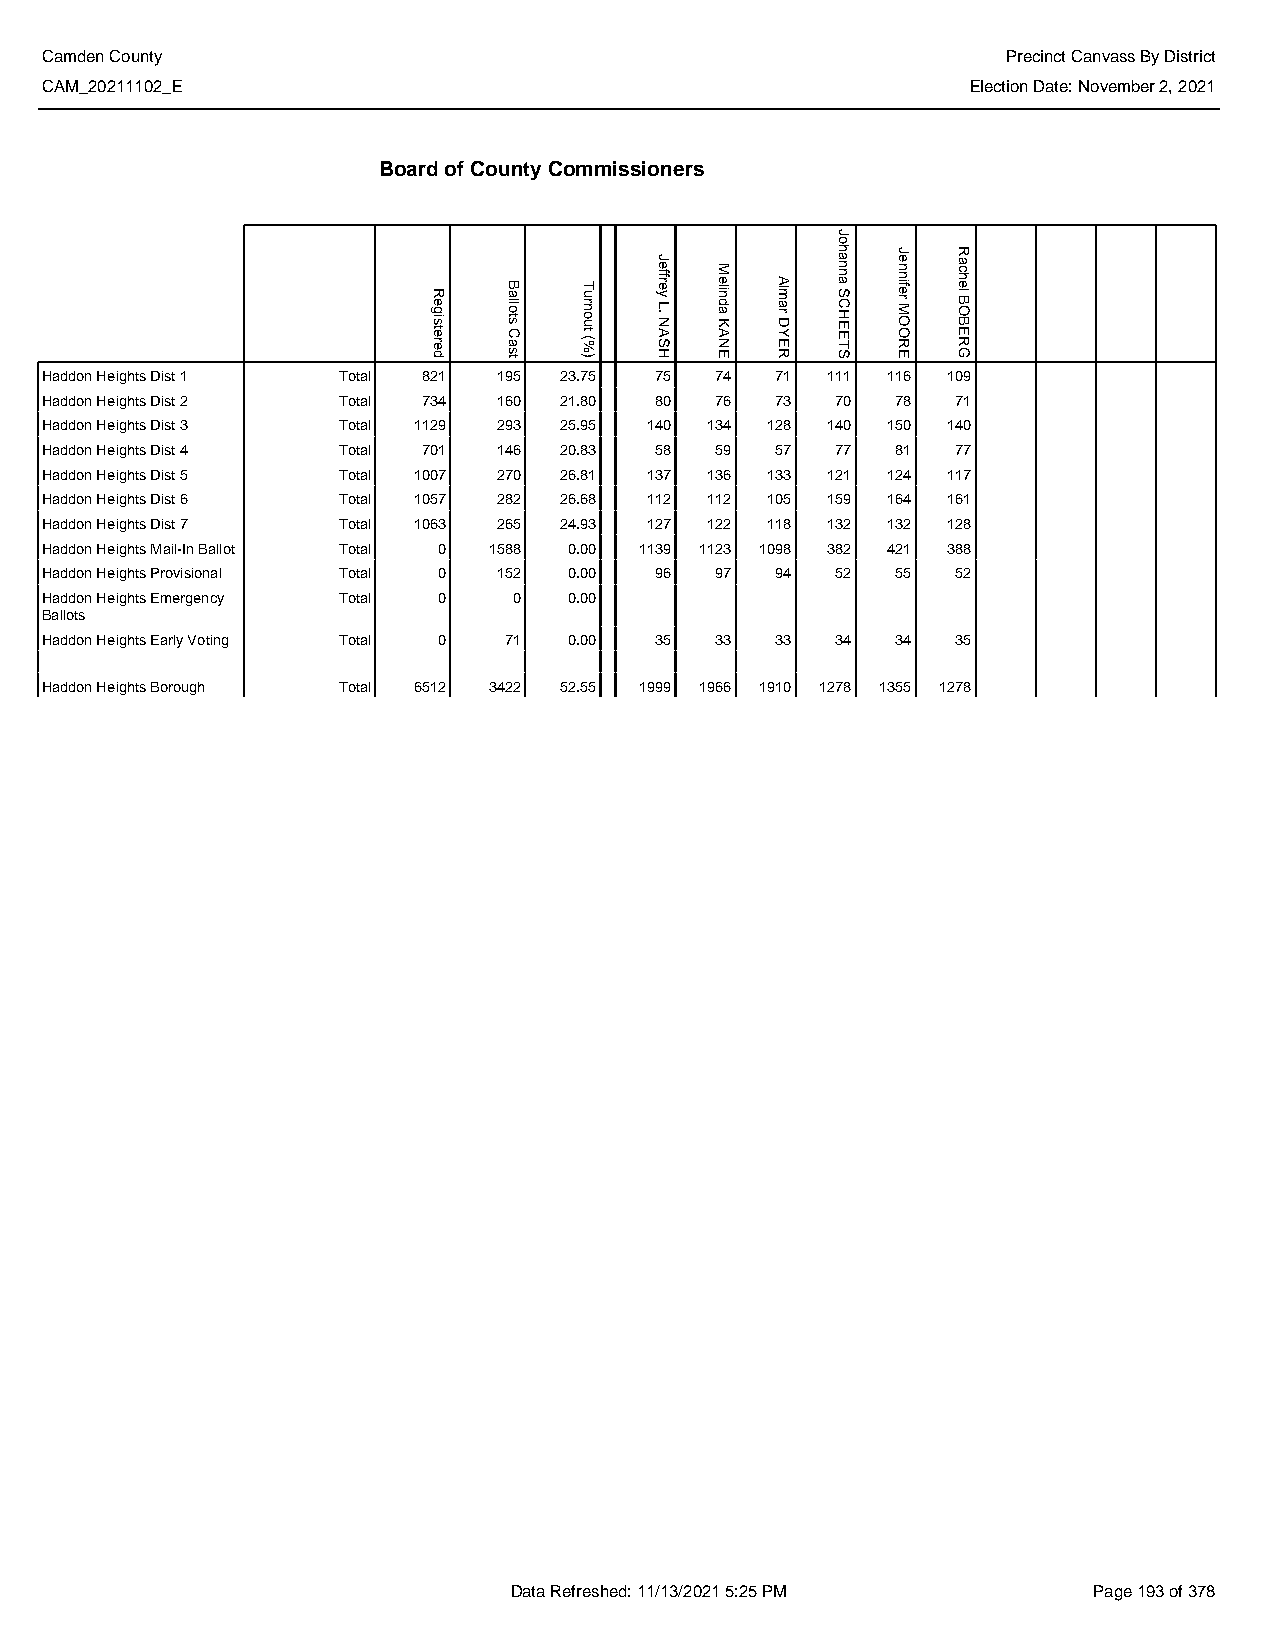
Camden County                                                   Precinct Canvass By District
 CAM_20211102_E                                               Election Date: November 2, 2021
 Board of County Commissioners
 Haddon Heights Dist 1 Total 821 195 23.75 75 74 71  111 116 109
 Haddon Heights Dist 2 Total 734 160 21.80 80 76 73  70  78  71
 Haddon Heights Dist 3 Total 1129 293 25.95 140 134 128 140 150 140
 Haddon Heights Dist 4 Total 701 146 20.83 58 59 57  77  81  77
 Haddon Heights Dist 5 Total 1007 270 26.81 137 136 133 121 124 117
 Haddon Heights Dist 6 Total 1057 282 26.68 112 112 105 159 164 161
 Haddon Heights Dist 7 Total 1063 265 24.93 127 122 118 132 132 128
 Haddon Heights Mail-In Ballot Total 0 1588 0.00 1139 1123 1098 382 421 388
 Haddon Heights Provisional Total 0 152 0.00 96 97 94 52 55  52
 Haddon Heights Emergency Total 0 0 0.00
 Ballots
 Haddon Heights Early Voting Total 0 71 0.00 35 33 33 34 34  35
 Haddon Heights Borough Total 6512 3422 52.55 1999 1966 1910 1278 1355 1278
 Data Refreshed: 11/13/2021 5:25 PM    Page 193 of 378
 Registered
 Ballots
 Cast
 Turnout
 (%)
 Jeffrey
 L.
 NASH
 Melinda
 KANE
 Almar
 DYER
 Johanna
 SCHEETS
 Jennifer
 MOORE
 Rachel
 BOBERG